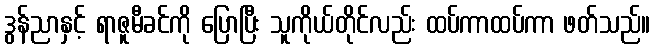
ဒွန်ညာနှင့် ရာဇူမီခင်ကို ပြောပြီး သူကိုယ်တိုင်လည်း ထပ်ကာထပ်ကာ ဖတ်သည်။